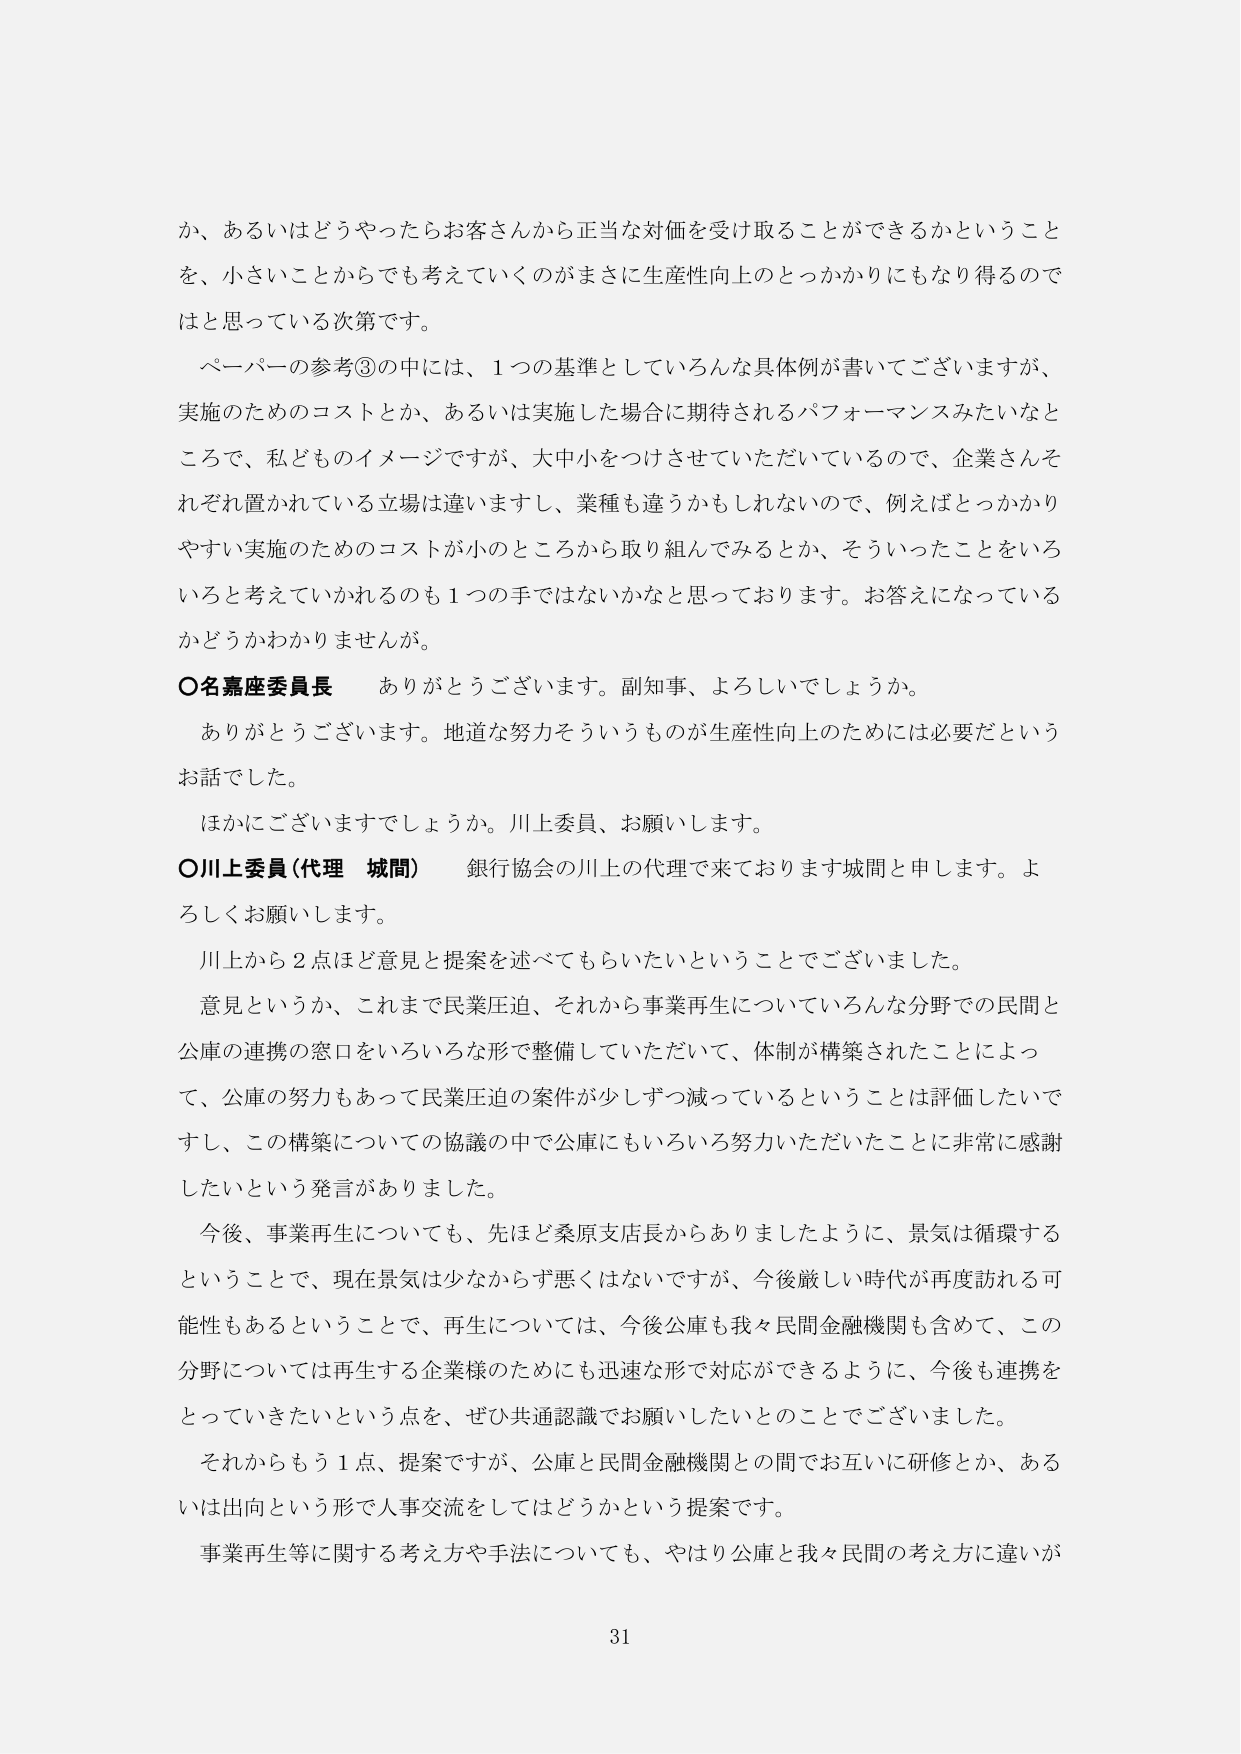
か、あるいはどうやったらお客さんから正当な対価を受け取ることができるかということを、小さいことからでも考えていくのがまさに生産性向上のとっかかりにもなり得るのではと思っている次第です。

ペーパーの参考③の中には、1つの基準としていろんな具体例が書いてございますが、実施のためのコストとか、あるいは実施した場合に期待されるパフォーマンスみたいなところで、私どものイメージですが、大中小をつけていただいていているので、企業さんそれぞれ置かれている立場は違いますし、業種も違うかもしれないのです、例えばとっかかりやすい実施のためのコストが小のところから取り組んでみるとか、そういったことをいろいろと考えていかれるのも1つの手ではないかなと思っております。お答えになっているかどうかわかりませんが。

〇名嘉座委員長　ありがとうございます。副知事、よろしいでしょうか。

　ありがとうございます。地道な努力そういうものが生産性向上のためには必要だというお話でした。

　ほかにございますでしょうか。川上委員、お願いします。

〇川上委員（代理　城間）　銀行協会の川上の代理で来ております城間と申します。よろしくお願いします。

　川上から2点ほど意見と提案を述べてもらいたいということでございました。

　意見というか、これまで民業圧迫、それから事業再生についていろんな分野での民間と公庫の連携の窓口をいろいろな形で整備していただいて、体制が構築されたことによって、公庫の努力もあって民業圧迫の案件が少しずつ減っているということは評価したいですし、この構築についての協議の中で公庫にもいろいろ努力いただいたことに非常に感謝したいという発言がありました。

　今後、事業再生についても、先ほど桑原支店長からありましたように、景気は循環するということで、現在景気は少なからず悪くはないですが、今後厳しい時代が再度訪れる可能性もあるということで、再生については、今後公庫も我々民間金融機関も含めて、この分野については再生する企業様のためにも迅速な形で対応ができるように、今後も連携をとっていきたいという点を、ぜひ共通認識でお願いしたいとのことでございました。

　それからもう1点、提案ですが、公庫と民間金融機関との間でお互いに研修とか、あるいは出向という形で人事交流をしてはどうかという提案です。

　事業再生等に関する考え方や手法についても、やはり公庫と我々民間の考え方に違いが

31